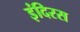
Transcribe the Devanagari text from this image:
इंदिरस